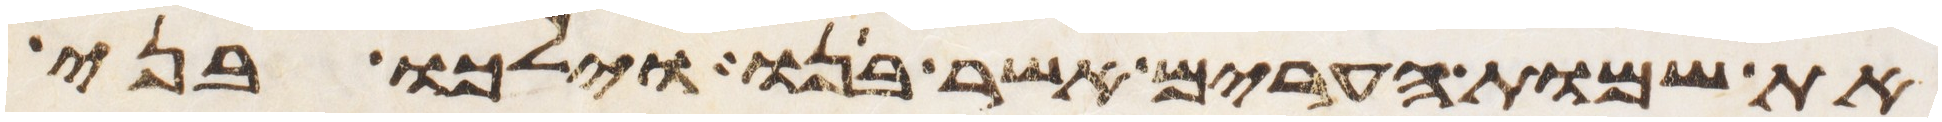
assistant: את שמות הערים אשר בנו וילכו בני